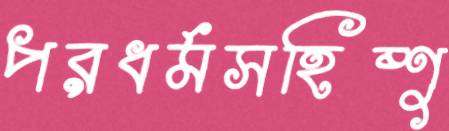
পরধর্মসহিষ্ণু